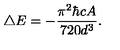
\bigtriangleup E = - { \frac { \pi ^ { 2 } { \hbar } c A } { 7 2 0 d ^ { 3 } } } .